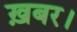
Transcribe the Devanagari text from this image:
ख़बर।